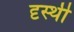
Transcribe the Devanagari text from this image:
दृस्थी